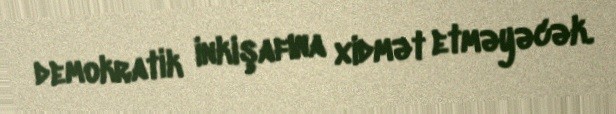
demokratik inkişafına xidmət etməyəcək.